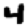
Digit: 4